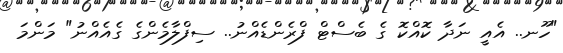
"ހޫނ.. އެއީ ނަދާ ކޮއްކޮ ގެ ބެސްޓް ފްރެންޑެއްނު.. ސިފްލާމެންގެ ގެއެއްނު" މަންމަ